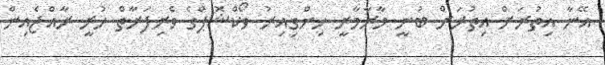
އޭނާ އިތުރަށް އިތުރަށް ބުނީ މާރާމާރީ ހިންގިއިރު ވޯކްޝޮޕްގެ ވެރިފަރާތް ހުރީ ރާއްޖެއިން